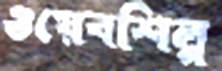
ওয়েবশিল্প